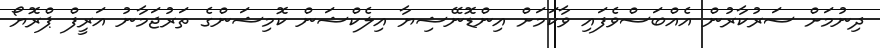
ދިނުމަށް ސަރުކާރުން އެއްބަސްވެފައި ވާކަމަށް އިންޑޮނޭޝިޔާ އިލެކްޝަން ކޮމިޝަންގެ ތަރުޖަމާނު އަރީފް ޕްރޮޔޯ